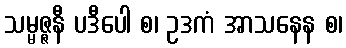
သမ္မဇ္ဇနီ ပဒီပေါ စ၊ ဥဒကံ အာသနေန စ၊